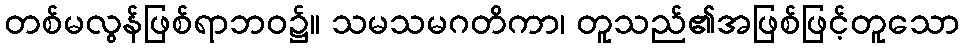
တစ်မလွန်ဖြစ်ရာဘဝ၌။ သမသမဂတိကာ၊ တူသည်၏အဖြစ်ဖြင့်တူသော